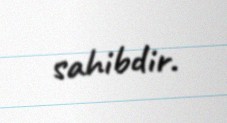
sahibdir.